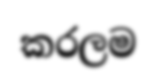
කරලම